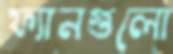
ফ্যানগুলো